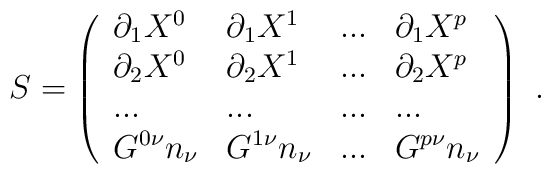
S=\left( \begin{array}{llll}\partial _{1}X^{0} & \partial _{1}X^{1} & ... & \partial _{1}X^{p} \\ \partial _{2}X^{0} & \partial _{2}X^{1} & ... & \partial _{2}X^{p} \\ ... & ... & ... & ... \\ G^{0\nu }n_{\nu } & G^{1\nu }n_{\nu } & ... & G^{p\nu }n_{\nu }\end{array}\right) \ .